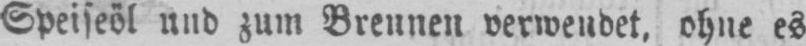
Speiseöl und zum Brennen verwendet, ohne es